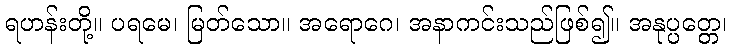
ရဟန်းတို့။ ပရမေ၊ မြတ်သော။ အရောဂေ၊ အနာကင်းသည်ဖြစ်၍။ အနုပ္ပတ္တေ၊